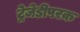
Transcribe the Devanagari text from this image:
ट्रेजेडीपरक